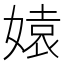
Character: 媴